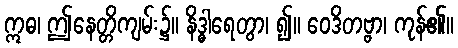
ဣဓ၊ ဤနေတ္တိကျမ်း၌။ နိဒ္ဓါရေတွာ၊ ၍။ ဝေဒိတဗ္ဗာ၊ ကုန်၏။